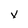
Character: x